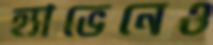
হ্যাভেনেও